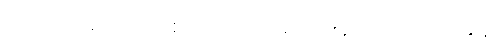
ဇာတိဿရော အစေလကဿ ဘောဇနပရိယောသာနေ